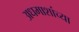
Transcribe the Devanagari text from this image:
अधमाशांच्या